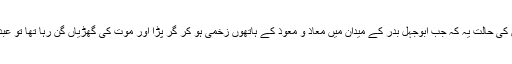
‘‘ غرور و نخوت سے بھرپور معاشرہ جس کی حالت یہ کہ جب ابوجہل بدر کے میدان میں معاذ و معوذ کے ہاتھوں زخمی ہو کر گر پڑا اور موت کی گھڑیاں گن رہا تھا تو عبداللہ بن مسعودؓ اس کے سینے پر چڑھ گئے۔